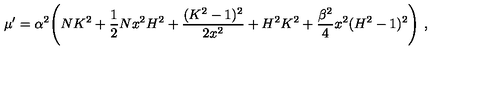
\mu ^ { \prime } = \alpha ^ { 2 } \Biggl ( N K ^ { 2 } + \frac { 1 } { 2 } N x ^ { 2 } H ^ { 2 } + \frac { ( K ^ { 2 } - 1 ) ^ { 2 } } { 2 x ^ { 2 } } + H ^ { 2 } K ^ { 2 } + \frac { \beta ^ { 2 } } { 4 } x ^ { 2 } ( H ^ { 2 } - 1 ) ^ { 2 } \Biggr ) \ ,